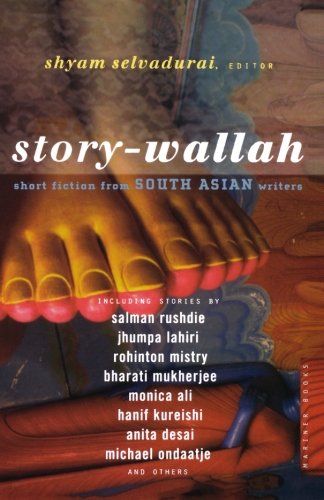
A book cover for Story-Wallah: Short Fiction from South Asian Writers; Literature & Fiction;